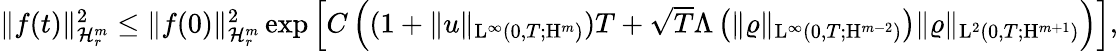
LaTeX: \begin{array}{r}{\Vert f(t)\Vert_{\mathcal{H}_{r}^{m}}^{2}\leq\Vert f(0)\Vert_{\mathcal{H}_{r}^{m}}^{2}\exp\left[C\left((1+\Vert u\Vert_{\mathrm{L}^{\infty}(0,T;\mathrm{H}^{m})})T+\sqrt{T}\Lambda\left(\Vert\varrho\Vert_{\mathrm{L}^{\infty}(0,T;\mathrm{H}^{m-2})}\right)\Vert\varrho\Vert_{\mathrm{L}^{2}(0,T;\mathrm{H}^{m+1})}\right)\right],}\end{array}